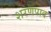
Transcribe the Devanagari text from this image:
शरणपाद